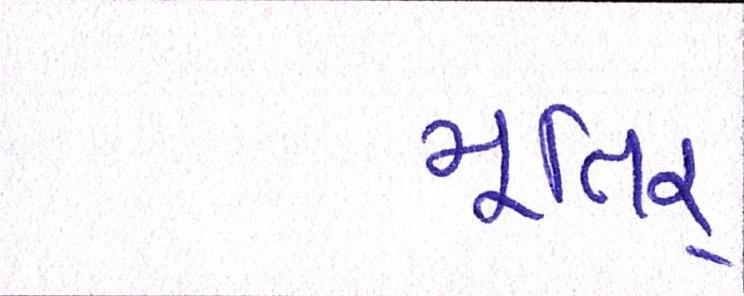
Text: મૂતિર્